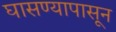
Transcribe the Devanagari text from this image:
घासण्यापासून